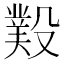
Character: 𣪻